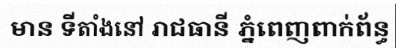
មាន ទីតាំងនៅ រាជធានី ភ្នំពេញពាក់ព័ន្ធ